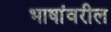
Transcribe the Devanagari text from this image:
भाषांवरील